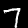
Label: 7